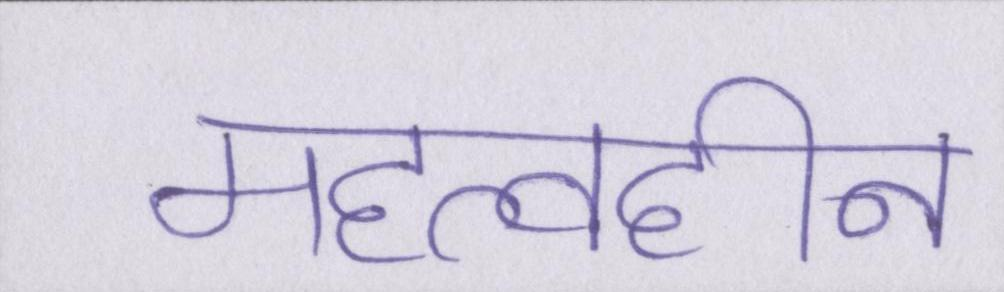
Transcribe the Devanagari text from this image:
महत्वहीन